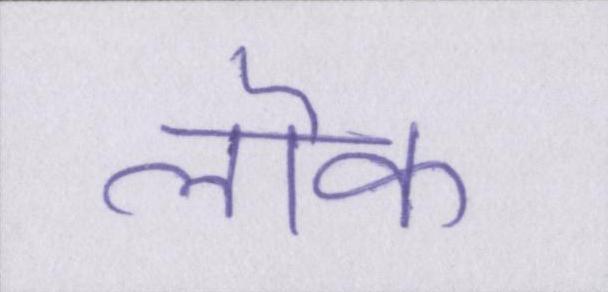
लॊक